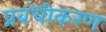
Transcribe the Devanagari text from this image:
प्रबंधीकरण